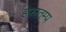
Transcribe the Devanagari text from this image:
हेफातम्प